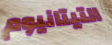
التيتانيوم